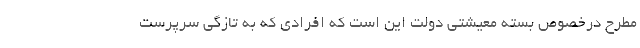
مطرح درخصوص بسته معیشتی دولت این است که افرادی که به تازگی سرپرست